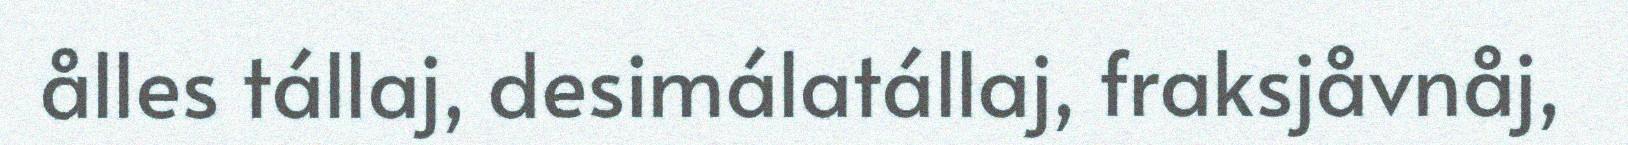
ålles tállaj, desimálatállaj, fraksjåvnåj,